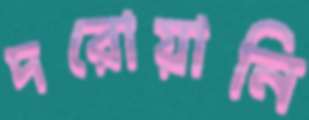
দরোয়ানি